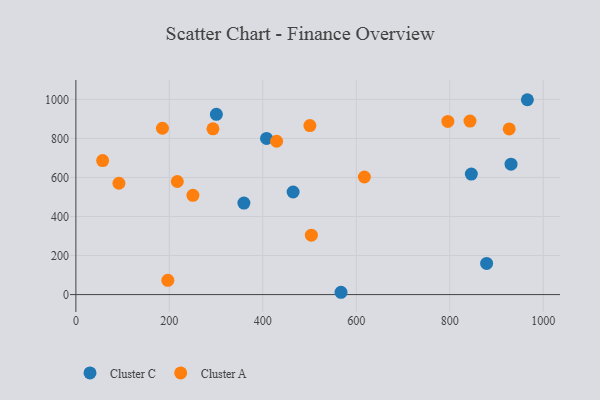
{"axis": {"x": "Engine Size", "y": "Exam Score"}, "legend": ["Cluster A", "Cluster C"], "data": [{"x": "846.2", "y": 617.5, "type": "Cluster C"}, {"x": "359.5", "y": 468.6, "type": "Cluster C"}, {"x": "966.1", "y": 998.4, "type": "Cluster C"}, {"x": "464.8", "y": 525.5, "type": "Cluster C"}, {"x": "300.6", "y": 923.4, "type": "Cluster C"}, {"x": "878.9", "y": 159.7, "type": "Cluster C"}, {"x": "931.1", "y": 668.0, "type": "Cluster C"}, {"x": "567.3", "y": 11.8, "type": "Cluster C"}, {"x": "408.0", "y": 799.9, "type": "Cluster C"}, {"x": "196.7", "y": 73.2, "type": "Cluster A"}, {"x": "503.9", "y": 304.5, "type": "Cluster A"}, {"x": "500.7", "y": 866.0, "type": "Cluster A"}, {"x": "217.0", "y": 579.3, "type": "Cluster A"}, {"x": "92.1", "y": 570.5, "type": "Cluster A"}, {"x": "429.5", "y": 785.6, "type": "Cluster A"}, {"x": "293.3", "y": 849.2, "type": "Cluster A"}, {"x": "617.3", "y": 602.4, "type": "Cluster A"}, {"x": "185.2", "y": 852.2, "type": "Cluster A"}, {"x": "843.3", "y": 889.2, "type": "Cluster A"}, {"x": "57.2", "y": 686.5, "type": "Cluster A"}, {"x": "250.4", "y": 508.6, "type": "Cluster A"}, {"x": "795.9", "y": 887.1, "type": "Cluster A"}, {"x": "927.2", "y": 848.7, "type": "Cluster A"}]}